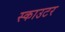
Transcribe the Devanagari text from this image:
स्काउटर